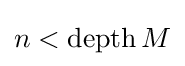
n<\operatorname {depth} M